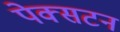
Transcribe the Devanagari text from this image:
पेक्‍सटन